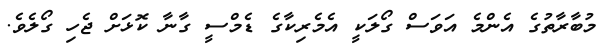
މުބާރާތުގެ އެންމެ އަވަސް ގޯލަކީ އެމެރިކާގެ ޑެމްސީ ގާނާ ކޮޅަށް ޖެހި ގޯލެވެ.